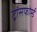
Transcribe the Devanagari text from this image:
ट्रांसफोर्म्ड